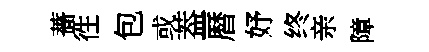
薔徃包或葢暦妤终亲障